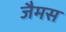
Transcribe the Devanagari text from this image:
जैमस